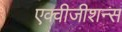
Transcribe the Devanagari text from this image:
एक्वीजीशन्स